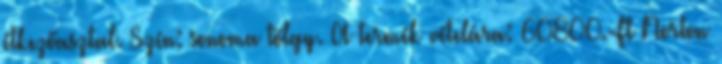
étkezőasztal. Szín: sonoma tölgy. A termék vételára: 60800.-Ft Norton